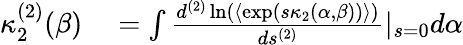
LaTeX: \begin{array}{rl}{\kappa_{2}^{(2)}(\beta)}&{{}=\int\frac{d^{(2)}\ln(\langle\exp(s\kappa_{2}(\alpha,\beta))\rangle)}{ds^{(2)}}|_{s=0}d\alpha}\end{array}